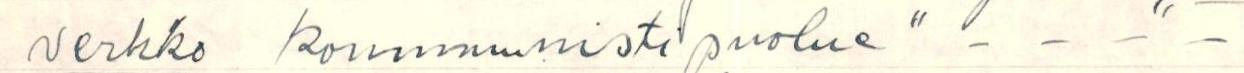
verkko kommunistipuolue" - - - -